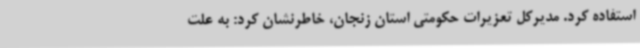
استفاده کرد. مدیرکل تعزیرات حکومتی استان زنجان، خاطرنشان کرد: به علت